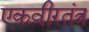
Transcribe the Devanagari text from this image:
एकवीरतंत्र